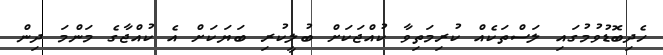
ހެދިބޮޑުވުމުގައި ލަސްތަކެއް ކުރިމަތިވާ ކުއްޖަކަށް ބުލީކުރި ބަޔަކަށް އެ ކުއްޖާގެ މަންމަ ދިން